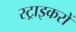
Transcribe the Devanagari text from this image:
स्ट्राइकरों